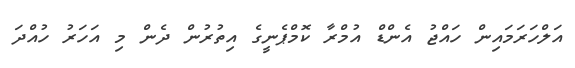
އަލްހަރަމައިން ހައްޖު އެންޑް އުމްރާ ކޮމްޕެނީގެ އިތުރުން ދެން މި އަހަރު ހުއްދަ